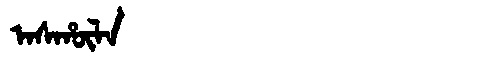
Manchu: ᠠᠰᡥᡡᠯᠠ
Romanization: ASHŪLA